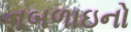
નબળાઇનો